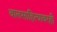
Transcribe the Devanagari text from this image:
बालसाहित्यावरही